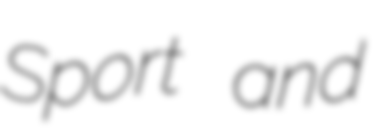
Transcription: Sport and